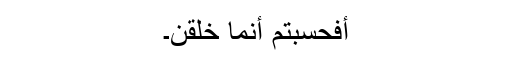
أَفَحَسِبۡتُمۡ أَنَّمَا خَلَقۡنَ۔